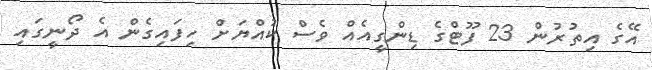
އޭގެ އިތުރުން 23 ފޫޓްގެ ޑިންގީއެއް ވެސް ކުއްޔަށް ހިފައިގެން އެ ދޯނީގައި